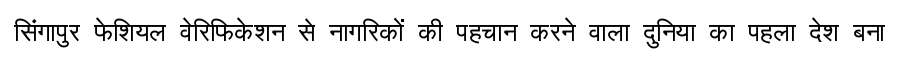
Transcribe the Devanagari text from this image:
सिंगापुर फेशियल वेरिफिकेशन से नागरिकों की पहचान करने वाला दुनिया का पहला देश बना